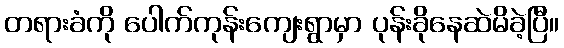
တရားခံကို ပေါက်ကုန်းကျေးရွာမှာ ပုန်းခိုနေဆဲမိခဲ့ပြီ။